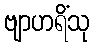
ဗျာဟရိံသု